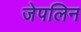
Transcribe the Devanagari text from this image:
जेपलिन